Indian journal of veterinary science and animal husbandry - Volumes 18-21, 1948-1951
Year: 1948
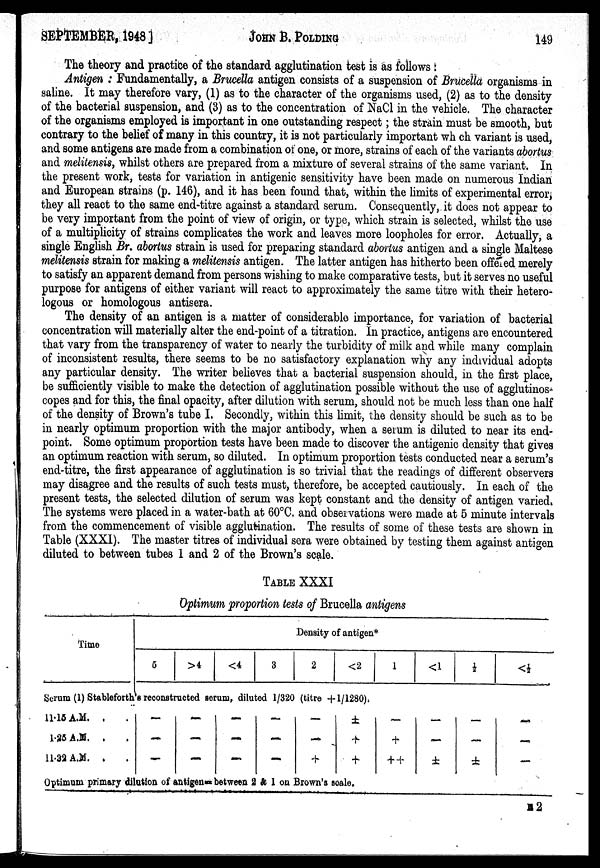
SEPTEMBER, 1948]
JOHN
B.
POLDING
149
The theory and practice of the standard agglutination test is as follows:
Antigen : Fundamentally, a Brucella antigen consists of a suspension of Brucella organisms in
saline. It may therefore vary, (1) as to the character of the organisms used, (2) as to the density
of the bacterial suspension, and (3) as to the concentration of NaCl in the vehicle. The character
of the organisms employed is important in one outstanding respect; the strain must be smooth, but
contrary to the belief of many in this country, it is not particularly important which variant is used,
and some antigens are made from a combination of one, or more, strains of each of the variants abortus
and melitensis, whilst others are prepared from a mixture of several strains of the same variant. In
the present work, tests for variation in antigenic sensitivity have been made on numerous Indian
and European strains (p. 146), and it has been found that, within the limits of experimental error,
they all react to the same end-titre against a standard serum. Consequently, it does not appear to
be very important from the point of view of origin, or type, which strain is selected, whilst the use
of a multiplicity of strains complicates the work and leaves more loopholes for error. Actually, a
single English Br. abortus strain is used for preparing standard abortus antigen and a single Maltese
melitensis strain for making a melitensis antigen. The latter antigen has hitherto been offered merely
to satisfy an apparent demand from persons wishing to make comparative tests, but it serves no useful
purpose for antigens of either variant will react to approximately the same titre with their hetero-
logous or homologous antisera.
The density of an antigen is a matter of considerable importance, for variation of bacterial
concentration will materially alter the end-point of a titration. In practice, antigens are encountered
that vary from the transparency of water to nearly the turbidity of milk and while many complain
of inconsistent results, there seems to be no satisfactory explanation why any individual adopts
any particular density. The writer believes that a bacterial suspension should, in the first place,
be sufficiently visible to make the detection of agglutination possible without the use of agglutinos-
copes and for this, the final opacity, after dilution with serum, should not be much less than one half
of the density of Brown's tube I. Secondly, within this limit, the density should be such as to be
in nearly optimum proportion with the major antibody, when a serum is diluted to near its end-
point. Some optimum proportion tests have been made to discover the antigenic density that gives
an optimum reaction with serum, so diluted. In optimum proportion tests conducted near a serum's
end-titre, the first appearance of agglutination is so trivial that the readings of different observers
may disagree and the results of such tests must, therefore, be accepted cautiously. In each of the
present tests, the selected dilution of serum was kept constant and the density of antigen varied.
The systems were placed in a water-bath at 60°C. and observations were made at 5 minute intervals
from the commencement of visible agglutination. The results of some of these tests are shown in
Table (XXXI). The master titres of individual sera were obtained by testing them against antigen
diluted to between tubes 1 and 2 of the Brown's scale.
TABLE XXXI
Optimum proportion tests of Brucella antigens
Time
Density of antigen*
5
>4
<4
3
2
<2
1
<1
½
<½
Serum (1) Stableforth's reconstructed serum, diluted 1/320 (titre +1/1280).
11.15 A.M. . .
1.25 A.M. . .
11.32 A.M. . .
—
—
—
—
—
—
—
—
—
—
—
—
—
—
+
±
+
+
—
+
++
—
—
±
—
—
±
—
—
—
Optimum primary dilution of antigen= between 2 & 1 on Brown's scale.
E 2